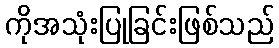
ကိုအသုံးပြုခြင်းဖြစ်သည်